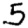
Digit: 5